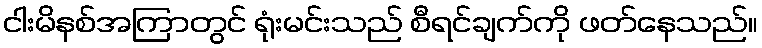
ငါးမိနစ်အကြာတွင် ရုံးမင်းသည် စီရင်ချက်ကို ဖတ်နေသည်။